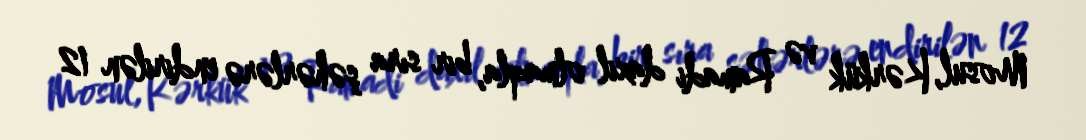
Mosul, Kərkük və Ramadi daxil olmaqla, bir sıra şəhərlərə endirilən 12